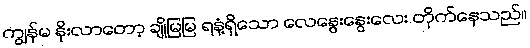
ကျွန်မ နိုးလာတော့ ချိုမြမြ ရနံ့ရှိသော လေနွေးနွေးလေး တိုက်နေသည်။